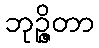
ဘုဉ္ဇိတာ